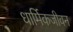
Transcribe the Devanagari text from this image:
धार्मिकजीवन